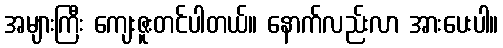
အများကြီး ကျေးဇူးတင်ပါတယ်။ နောက်လည်းလာ အားပေးပါ။